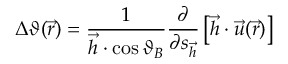
\Delta \vartheta ( { \vec { r } } ) = { \frac { 1 } { { \vec { h } } \cdot \cos \vartheta _ { B } } } { \frac { \partial } { \partial s _ { \vec { h } } } } \left[ { \vec { h } } \cdot { \vec { u } } ( { \vec { r } } ) \right]